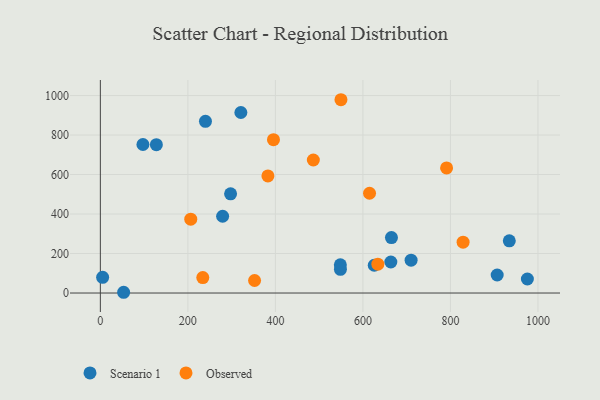
{"axis": {"x": "Speed", "y": "Exam Score"}, "legend": ["Observed", "Scenario 1"], "data": [{"x": "53.2", "y": 3.8, "type": "Scenario 1"}, {"x": "548.4", "y": 142.6, "type": "Scenario 1"}, {"x": "297.6", "y": 502.4, "type": "Scenario 1"}, {"x": "321.1", "y": 914.2, "type": "Scenario 1"}, {"x": "665.2", "y": 280.8, "type": "Scenario 1"}, {"x": "625.9", "y": 140.7, "type": "Scenario 1"}, {"x": "710.1", "y": 166.5, "type": "Scenario 1"}, {"x": "5.2", "y": 79.6, "type": "Scenario 1"}, {"x": "240.2", "y": 869.6, "type": "Scenario 1"}, {"x": "975.8", "y": 71.1, "type": "Scenario 1"}, {"x": "97.3", "y": 752.1, "type": "Scenario 1"}, {"x": "906.8", "y": 91.4, "type": "Scenario 1"}, {"x": "128.0", "y": 751.2, "type": "Scenario 1"}, {"x": "548.6", "y": 120.0, "type": "Scenario 1"}, {"x": "663.8", "y": 157.1, "type": "Scenario 1"}, {"x": "279.4", "y": 388.7, "type": "Scenario 1"}, {"x": "934.5", "y": 264.2, "type": "Scenario 1"}, {"x": "615.1", "y": 505.3, "type": "Observed"}, {"x": "791.2", "y": 633.6, "type": "Observed"}, {"x": "234.1", "y": 78.0, "type": "Observed"}, {"x": "549.8", "y": 978.8, "type": "Observed"}, {"x": "634.1", "y": 146.2, "type": "Observed"}, {"x": "828.9", "y": 257.3, "type": "Observed"}, {"x": "382.9", "y": 592.9, "type": "Observed"}, {"x": "486.7", "y": 673.5, "type": "Observed"}, {"x": "206.6", "y": 373.8, "type": "Observed"}, {"x": "395.6", "y": 776.3, "type": "Observed"}, {"x": "352.4", "y": 63.3, "type": "Observed"}]}